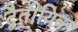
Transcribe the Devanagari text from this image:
द्वैतीयिक